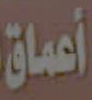
أعماق